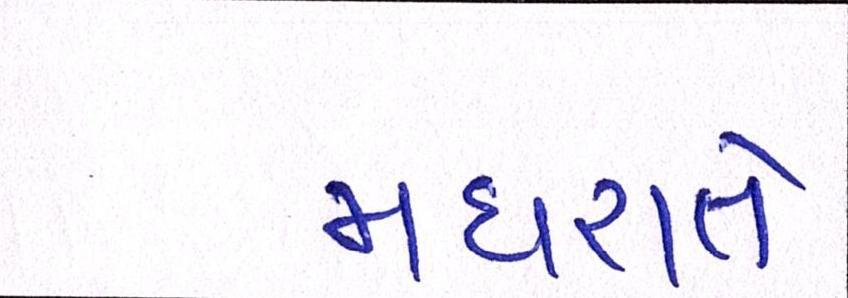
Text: મધરાતે